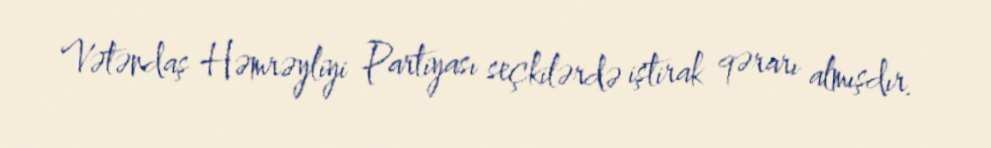
Vətəndaş Həmrəyliyi Partiyası seçkilərdə iştirak qərarı almışdır.